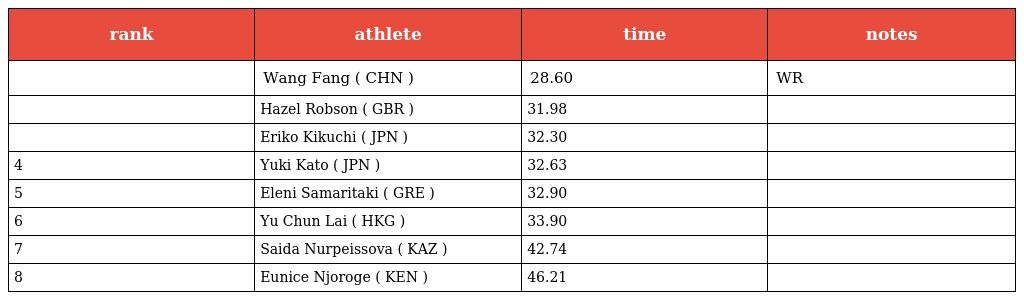
| rank | athlete | time | notes |
 | --- | --- | --- | --- |
 |  | Wang Fang ( CHN ) | 28.60 | WR |
 |  | Hazel Robson ( GBR ) | 31.98 |  |
 |  | Eriko Kikuchi ( JPN ) | 32.30 |  |
 | 4 | Yuki Kato ( JPN ) | 32.63 |  |
 | 5 | Eleni Samaritaki ( GRE ) | 32.90 |  |
 | 6 | Yu Chun Lai ( HKG ) | 33.90 |  |
 | 7 | Saida Nurpeissova ( KAZ ) | 42.74 |  |
 | 8 | Eunice Njoroge ( KEN ) | 46.21 |  |